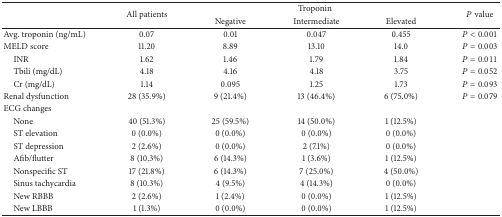
<table><thead><tr><td rowspan="2"></td><td rowspan="2"><b>All patients</b></td><td colspan="3"><b>Troponin</b></td><td rowspan="2"><b><i>P</i> value</b></td></tr><tr><td><b>Negative</b></td><td><b>Intermediate</b></td><td><b>Elevated</b></td></tr></thead><tbody><tr><td>Avg. troponin (ng/mL)</td><td>0.07</td><td>0.01</td><td>0.047</td><td>0.455</td><td><i>P</i> &lt; 0.001</td></tr><tr><td>MELD score</td><td>11.20</td><td>8.89</td><td>13.10</td><td>14.0</td><td><i>P</i> = 0.003</td></tr><tr><td> INR </td><td>1.62</td><td>1.46</td><td>1.79</td><td>1.84</td><td><i>P</i> = 0.011</td></tr><tr><td> Tbili (mg/dL)</td><td>4.18</td><td>4.16</td><td>4.18</td><td>3.75</td><td><i>P</i> = 0.052</td></tr><tr><td> Cr (mg/dL)</td><td>1.14</td><td>0.095</td><td>1.25</td><td>1.73</td><td><i>P</i> = 0.093</td></tr><tr><td>Renal dysfunction </td><td>28 (35.9%)</td><td>9 (21.4%)</td><td>13 (46.4%)</td><td>6 (75.0%)</td><td><i>P</i> = 0.079</td></tr><tr><td>ECG changes</td><td> </td><td> </td><td> </td><td> </td><td> </td></tr><tr><td> None</td><td>40 (51.3%)</td><td>25 (59.5%)</td><td>14 (50.0%)</td><td>1 (12.5%)</td><td> </td></tr><tr><td> ST elevation</td><td>0 (0.0%)</td><td>0 (0.0%)</td><td>0 (0.0%)</td><td>0 (0.0%)</td><td> </td></tr><tr><td> ST depression</td><td>2 (2.6%)</td><td>0 (0.0%)</td><td>2 (7.1%)</td><td>0 (0.0%)</td><td> </td></tr><tr><td> Afib/flutter</td><td>8 (10.3%)</td><td>6 (14.3%)</td><td>1 (3.6%)</td><td>1 (12.5%)</td><td> </td></tr><tr><td> Nonspecific ST</td><td>17 (21.8%)</td><td>6 (14.3%)</td><td>7 (25.0%)</td><td>4 (50.0%)</td><td> </td></tr><tr><td> Sinus tachycardia</td><td>8 (10.3%)</td><td>4 (9.5%)</td><td>4 (14.3%)</td><td>0 (0.0%)</td><td> </td></tr><tr><td> New RBBB</td><td>2 (2.6%)</td><td>1 (2.4%)</td><td>0 (0.0%)</td><td>1 (12.5%)</td><td> </td></tr><tr><td> New LBBB </td><td>1 (1.3%)</td><td>0 (0.0%)</td><td>0 (0.0%)</td><td>1 (12.5%)</td><td> </td></tr></tbody></table>